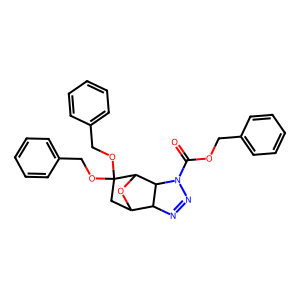
SMILES: O=C(OCc1ccccc1)N1N=NC2C3CC(OCc4ccccc4)(OCc4ccccc4)C(O3)C21
Inhibits HIV replication: No